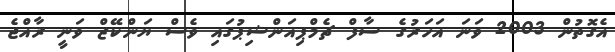
އެގޮތުން 2003 ވަނަ އަހަރުގެ ސާފް ޗެމްޕިއަންޝިޕުގައި ވެސް ޔަންކޭޒް ވަނީ ރާއްޖެ